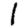
Digit: 1